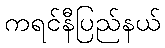
ကရင်နီပြည်နယ်